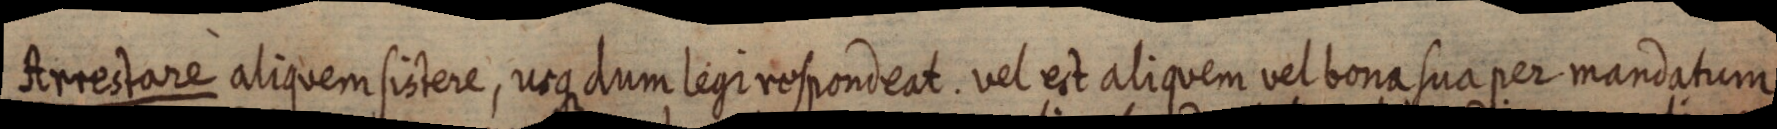
Arrestare aliquem sistere, usque aum legi respondeat. vel est aliquem vel bona sua per mandatum